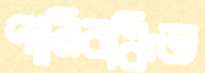
পানিবঞ্চিত